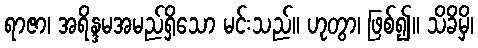
ရာဇာ၊ အရိန္ဒမအမည်ရှိသော မင်းသည်။ ဟုတွာ၊ ဖြစ်၍။ သိခိမှိ၊